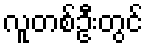
လူတစ်ဦးတွင်